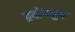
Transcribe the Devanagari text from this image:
प्रयोगयुग